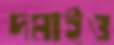
দমাইও